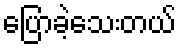
ပြောခဲ့သေးတယ်